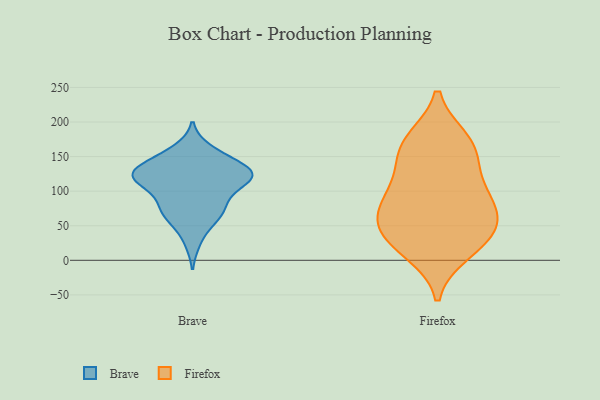
{"axis": {"x": "Churn Rate (%)", "y": "Value"}, "legend": ["Brave", "Firefox"], "data": [{"x": "", "y": 59, "type": "Brave"}, {"x": "", "y": 124, "type": "Brave"}, {"x": "", "y": 120, "type": "Brave"}, {"x": "", "y": 126, "type": "Brave"}, {"x": "", "y": 111, "type": "Brave"}, {"x": "", "y": 128, "type": "Brave"}, {"x": "", "y": 63, "type": "Brave"}, {"x": "", "y": 151, "type": "Brave"}, {"x": "", "y": 132, "type": "Brave"}, {"x": "", "y": 126, "type": "Brave"}, {"x": "", "y": 121, "type": "Brave"}, {"x": "", "y": 79, "type": "Brave"}, {"x": "", "y": 110, "type": "Brave"}, {"x": "", "y": 27, "type": "Brave"}, {"x": "", "y": 160, "type": "Brave"}, {"x": "", "y": 123, "type": "Brave"}, {"x": "", "y": 89, "type": "Brave"}, {"x": "", "y": 83, "type": "Brave"}, {"x": "", "y": 150, "type": "Brave"}, {"x": "", "y": 65, "type": "Brave"}, {"x": "", "y": 49, "type": "Firefox"}, {"x": "", "y": 144, "type": "Firefox"}, {"x": "", "y": 12, "type": "Firefox"}, {"x": "", "y": 174, "type": "Firefox"}, {"x": "", "y": 161, "type": "Firefox"}, {"x": "", "y": 37, "type": "Firefox"}, {"x": "", "y": 64, "type": "Firefox"}, {"x": "", "y": 44, "type": "Firefox"}, {"x": "", "y": 113, "type": "Firefox"}, {"x": "", "y": 20, "type": "Firefox"}, {"x": "", "y": 172, "type": "Firefox"}, {"x": "", "y": 97, "type": "Firefox"}, {"x": "", "y": 77, "type": "Firefox"}, {"x": "", "y": 85, "type": "Firefox"}]}